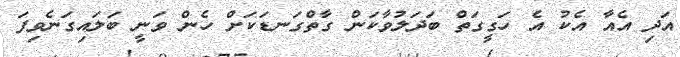
އަދި އެއާ އެކު އެ ހަގީގަތް ބަދަލުވާކަން ގާތްގަނޑަކަށް ހެން ވަނީ ބަލައިގަނެވިފަ